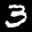
Label: 3